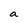
Character: a